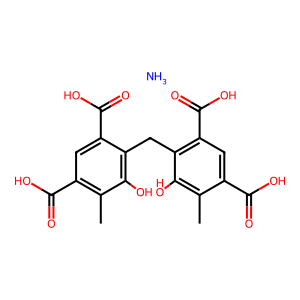
SMILES: Cc1c(C(=O)O)cc(C(=O)O)c(Cc2c(C(=O)O)cc(C(=O)O)c(C)c2O)c1O.N
Inhibits HIV replication: No